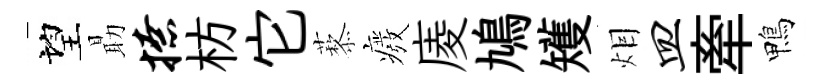
望朂撩枋它藜癈庱鳩矱𤇆皿牽鴨